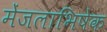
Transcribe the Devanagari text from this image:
मेंजलाभिषेक